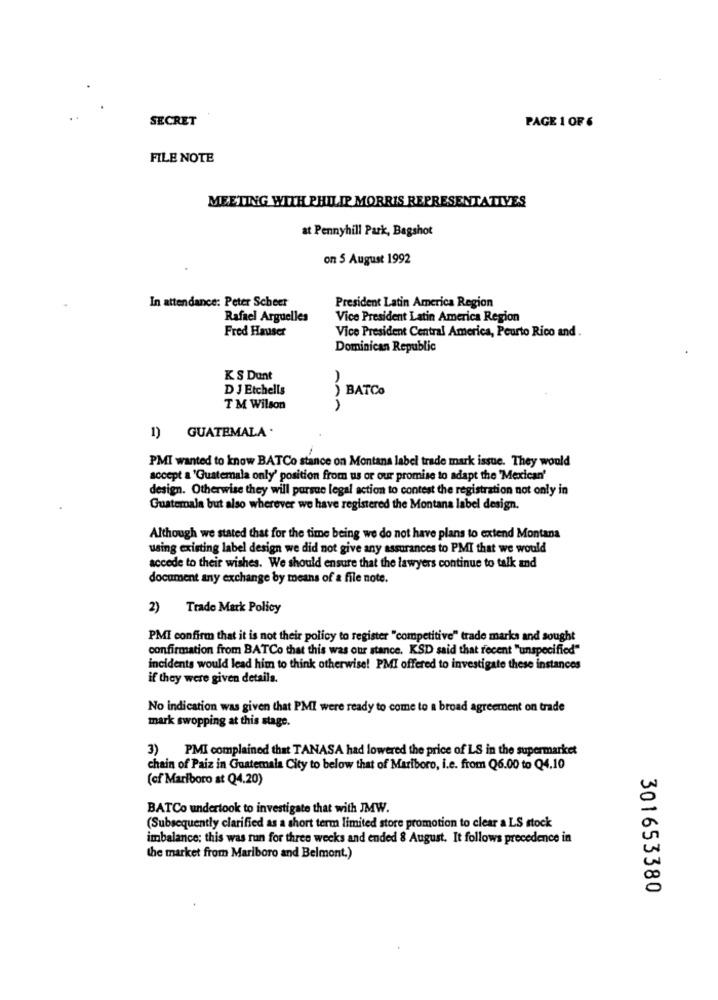
SECRET
PAGE 1 OF 6
FILE NOTE
MEETING WITH PHILIP MORRIS REPRESENTATIVES
at Pennyhill Park, Bagshot
on 5 August 1992
In attendance: Peter Scheet
President Latin America Region
Rafael Arguelles
Vice President Latin America Region
Fred Hauser
Vice President Central America, Peurto Rico and .
Dominican Republic
KS Dunt
D J Etchells
) BATCO
TM Wilson
1) GUATEMALA .
PMI wanted to know BATCo stance on Montana label trade mark issue. They would
accept a 'Guatemala only' position from us or our promise to adapt the 'Mexican'
design. Otherwise they will pursue legal action to contest the registration not only in
Guatemala but also wherever we have registered the Montana label design.
Although we stated that for the time being we do not have plans to extend Montana
using existing label design we did not give any assurances to PMI that we would
accede to their wishes. We should ensure that the lawyers continue to talk and
document any exchange by means of a file note.
2)
Trade Mark Policy
PMI confirm that it is not their policy to register "competitive" trade marks and sought
confirmation from BATCo that this was our stance. KSD said that recent "unspecified"
incidents would lead him to think otherwise! PMI offered to investigate these instances
if they were given details.
No indication was given that PMI were ready to come to a broad agreement on trade
mark swopping at this stage.
3) PMI complained that TANASA had lowered the price of LS in the supermarket
chain of Paiz in Guatemala City to below that of Mariboro, i.e. from Q6.00 to Q4.10
(of Marlboro at Q4.20)
BATCo undertook to investigate that with JMW.
(Subsequently clarified as a short term limited store promotion to clear a LS stock
imbalance: this was run for three weeks and ended & August. It follows precedence in
the market from Marlboro and Belmont.)
301653380